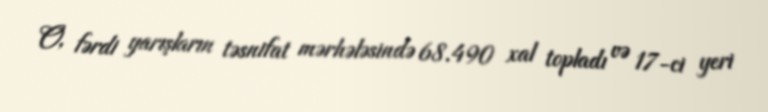
O, fərdi yarışların təsnifat mərhələsində 68.490 xal topladı və 17-ci yeri